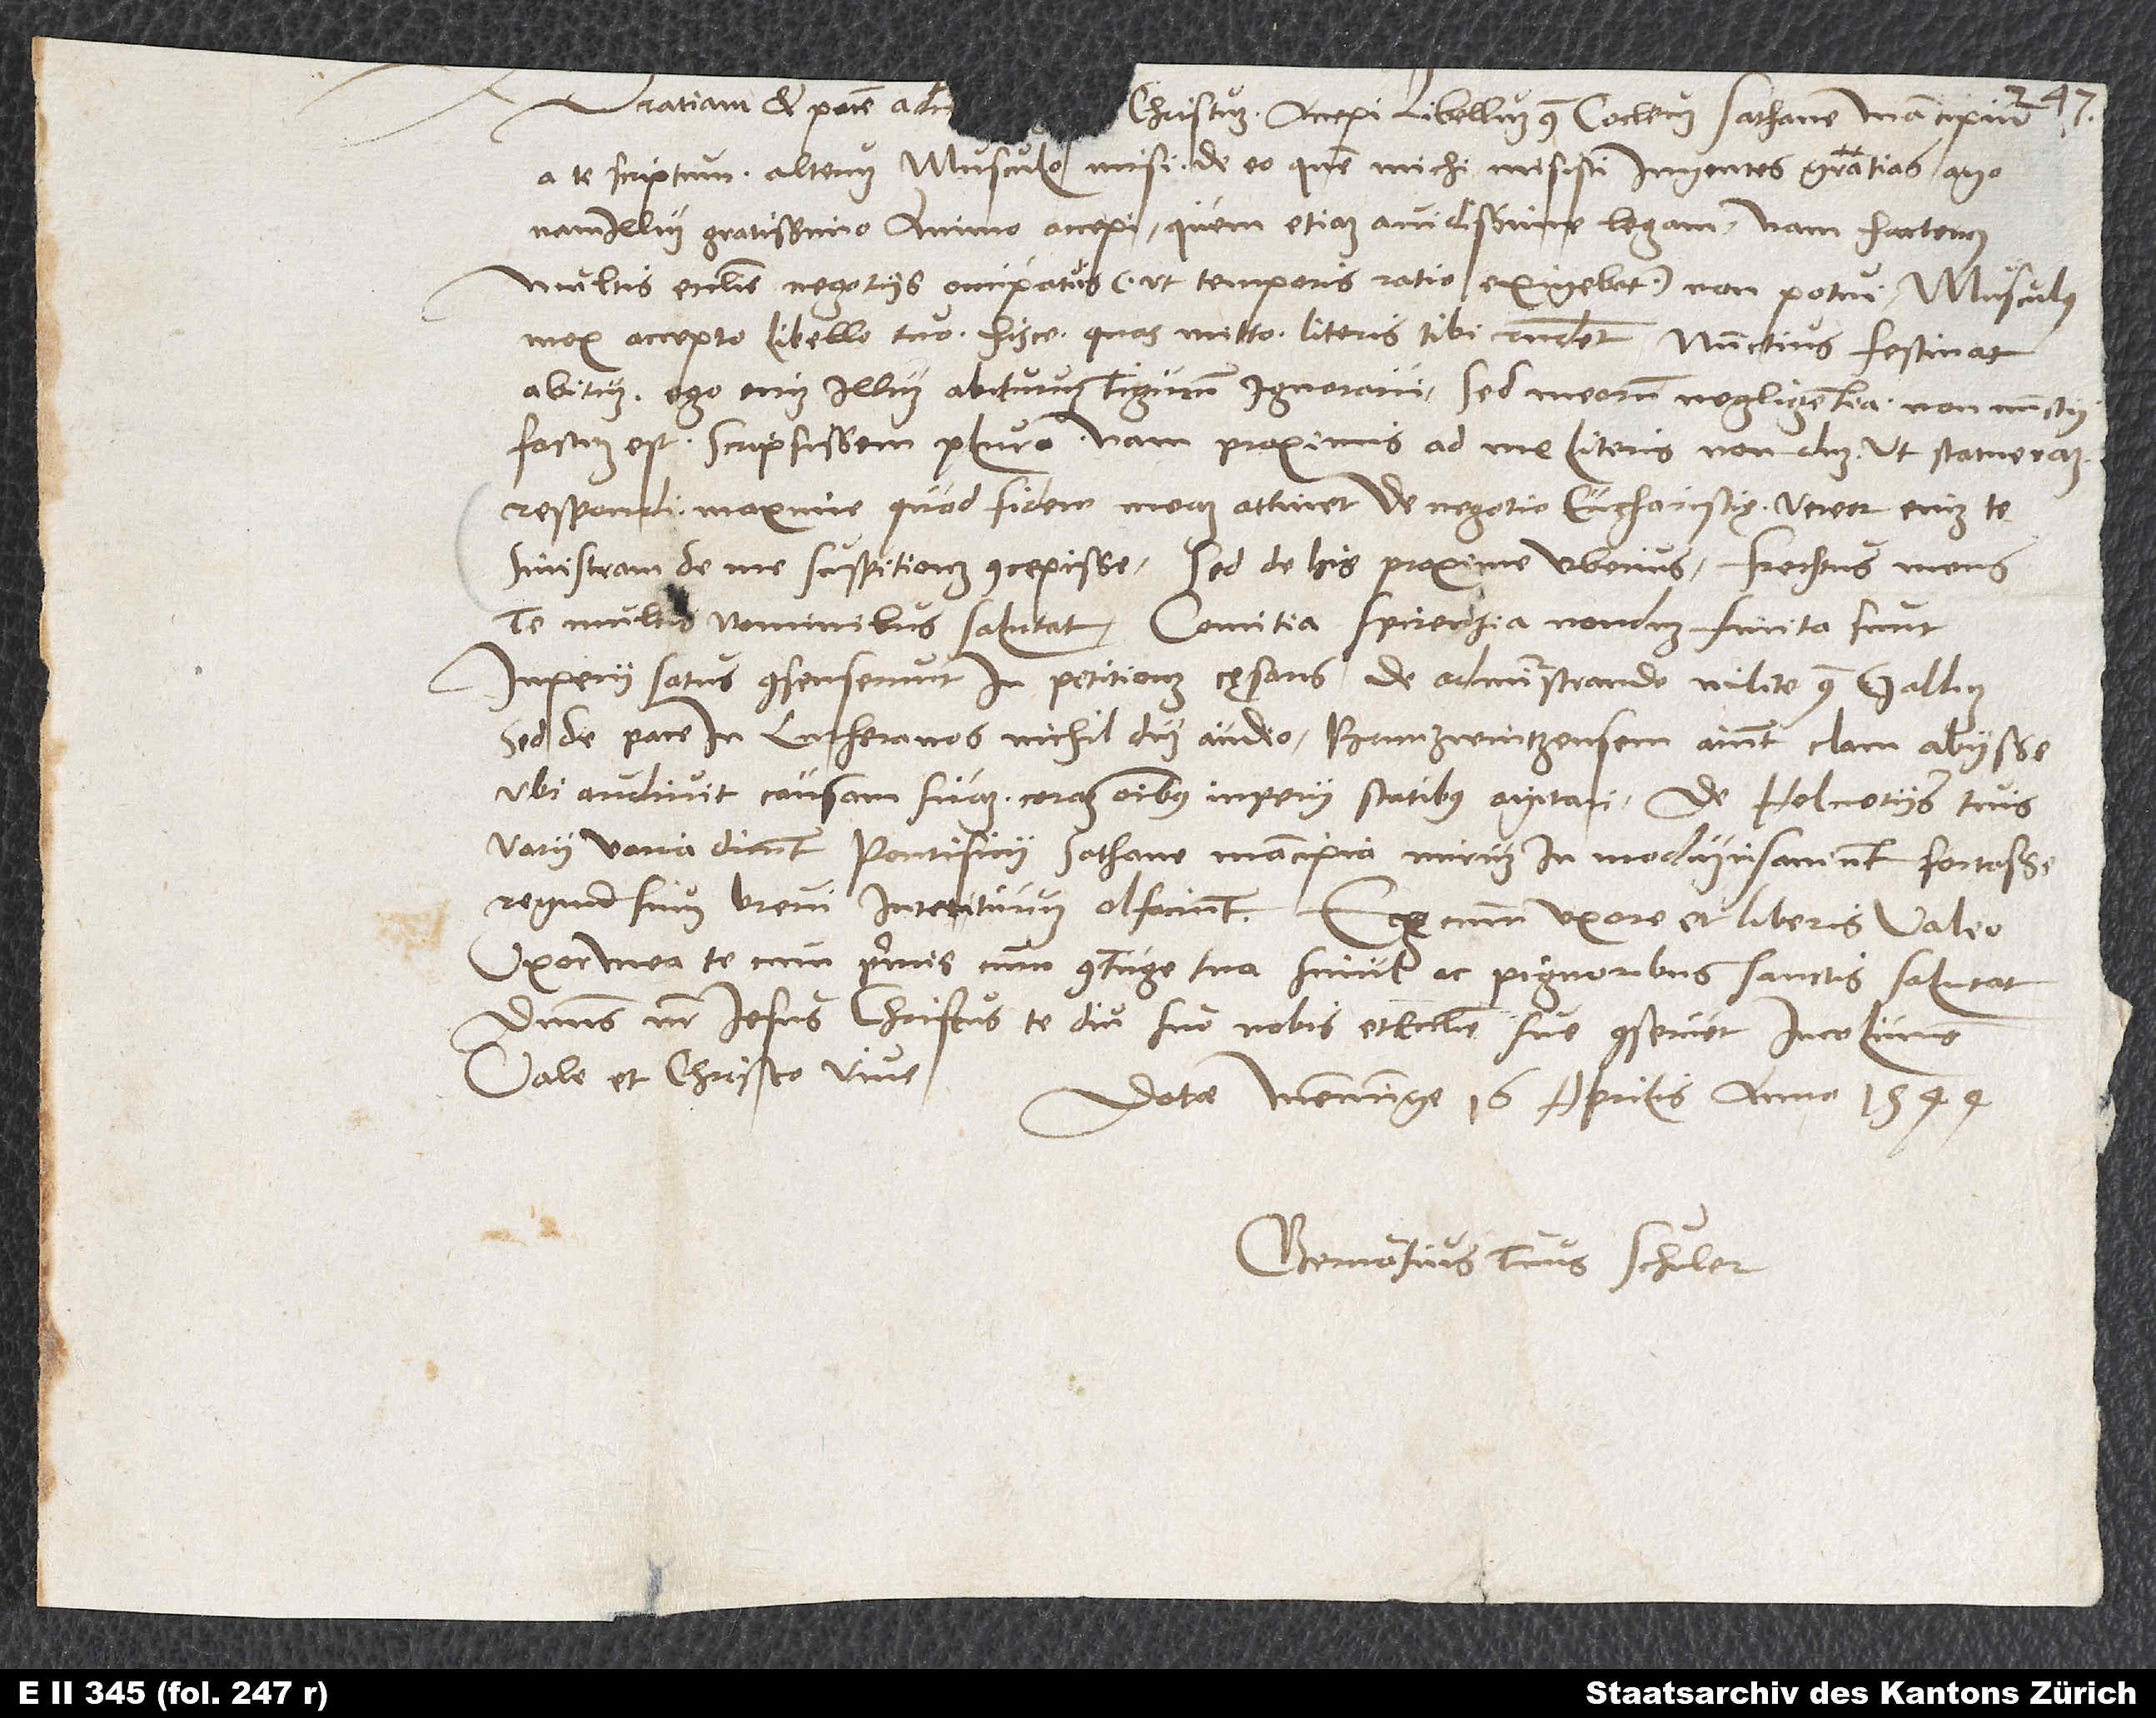
Christum. Accepi libellum contra Cocleum, sathane mancipium,
a te scriptum; alterum Musculo misi. De eo, quem michi misisti, ingentes gratias ago;
nam illum gratissimo animo accepi, quem etiam avidissime legam; nam hactenus
multis ecclesie negotiis occupatus (ut temporis ratio exigebat) non potui. Musculus
mox accepto libello tuo hisce, quas mitto, literis tibi respondet. Nunctius festinat
abitum. Ego enim illum abiturum Tigurum ignoravi; sed meorum negligentia, non nunctii
factum est. Scripsissem plura; nam proximis ad me literis nondum, ut statueram,
respondi, maxime quod fidem meam attinet de negotio eucharistię. Vereor enim te
sinistram de me suspitionem concepisse. Sed de his proxime uberius. Frechtus meus
te multis nominibus salutat. Comitia Spirensia nondum finita sunt.
Imperii status consenserunt in petitionem cęsaris de administrando milite contra Gallum;
sed de pace in Lutheranos nichil dum audio. Brunzwintzensem statibus
varii varia dicunt. Pontificii, sathane mancipia, mirum in modum insaniunt; fortasse
regnum suum brevi interitum olfaciunt. Ego cum uxore et liberis valeo.
Uxor mea te cumprimis cum coniuge tua simul ac pignoribus sanctis salutat.
Dominus noster Iesus Christus te diu nobis et ecclesie sue conservet incolumem.
Vale et Christo vive.
Datae Memminge, 16. aprilis anno 1544.
Gervasius tuus Schuler.